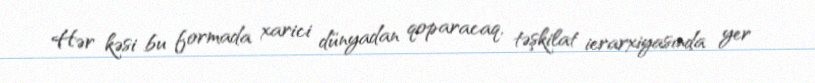
Hər kəsi bu formada xarici dünyadan qoparacaq, təşkilat ierarxiyasında yer